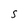
Character: S